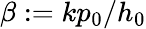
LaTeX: \beta:=kp_{0}/h_{0}